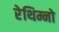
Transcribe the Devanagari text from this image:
रेथिम्नो